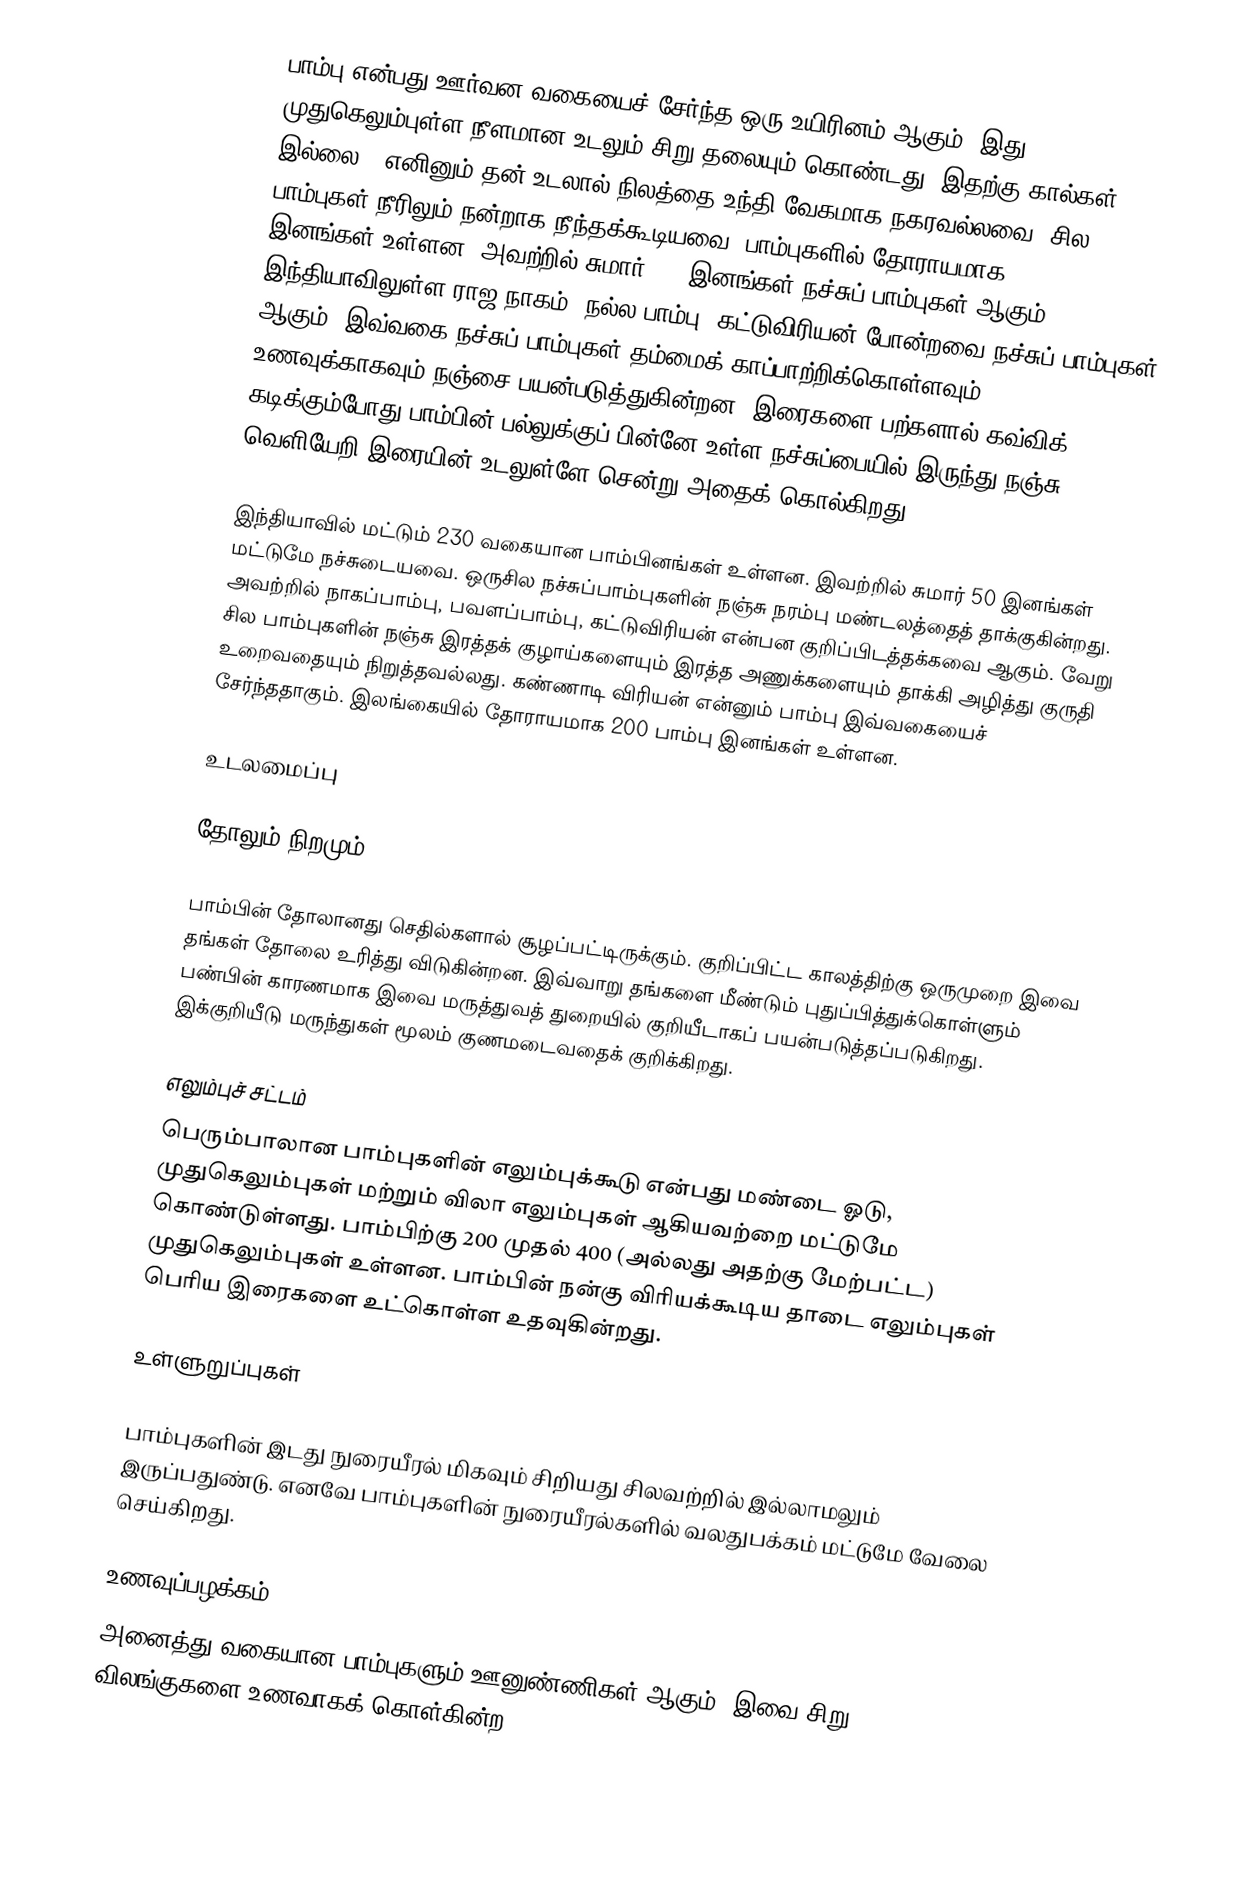
பாம்பு என்பது ஊர்வன வகையைச் சேர்ந்த ஒரு உயிரினம் ஆகும். இது முதுகெலும்புள்ள நீளமான உடலும் சிறு தலையும் கொண்டது. இதற்கு கால்கள் இல்லை ; எனினும் தன் உடலால் நிலத்தை உந்தி வேகமாக நகரவல்லவை. சில பாம்புகள் நீரிலும் நன்றாக நீந்தக்கூடியவை. பாம்புகளில் தோராயமாக 3,600 இனங்கள் உள்ளன. அவற்றில் சுமார் 600 இனங்கள் நச்சுப் பாம்புகள் ஆகும். இந்தியாவிலுள்ள ராஜ நாகம், நல்ல பாம்பு, கட்டுவிரியன் போன்றவை நச்சுப் பாம்புகள் ஆகும். இவ்வகை நச்சுப் பாம்புகள் தம்மைக் காப்பாற்றிக்கொள்ளவும் உணவுக்காகவும் நஞ்சை பயன்படுத்துகின்றன. இரைகளை பற்களால் கவ்விக் கடிக்கும்போது பாம்பின் பல்லுக்குப் பின்னே உள்ள நச்சுப்பையில் இருந்து நஞ்சு வெளியேறி இரையின் உடலுள்ளே சென்று அதைக் கொல்கிறது.

இந்தியாவில் மட்டும் 230 வகையான பாம்பினங்கள் உள்ளன. இவற்றில் சுமார் 50 இனங்கள் மட்டுமே நச்சுடையவை. ஒருசில நச்சுப்பாம்புகளின் நஞ்சு நரம்பு மண்டலத்தைத் தாக்குகின்றது. அவற்றில் நாகப்பாம்பு, பவளப்பாம்பு, கட்டுவிரியன் என்பன குறிப்பிடத்தக்கவை ஆகும். வேறு சில பாம்புகளின் நஞ்சு இரத்தக் குழாய்களையும் இரத்த அணுக்களையும் தாக்கி அழித்து குருதி உறைவதையும் நிறுத்தவல்லது. கண்ணாடி விரியன் என்னும் பாம்பு இவ்வகையைச் சேர்ந்ததாகும். இலங்கையில் தோராயமாக 200 பாம்பு இனங்கள் உள்ளன.

உடலமைப்பு

தோலும் நிறமும்

பாம்பின் தோலானது செதில்களால் சூழப்பட்டிருக்கும். குறிப்பிட்ட காலத்திற்கு ஒருமுறை இவை தங்கள் தோலை உரித்து விடுகின்றன. இவ்வாறு தங்களை மீண்டும் புதுப்பித்துக்கொள்ளும் பண்பின் காரணமாக இவை மருத்துவத் துறையில் குறியீடாகப் பயன்படுத்தப்படுகிறது. இக்குறியீடு மருந்துகள் மூலம் குணமடைவதைக் குறிக்கிறது.

எலும்புச் சட்டம்
பெரும்பாலான பாம்புகளின் எலும்புக்கூடு என்பது மண்டை ஓடு, முதுகெலும்புகள் மற்றும் விலா எலும்புகள் ஆகியவற்றை மட்டுமே கொண்டுள்ளது. பாம்பிற்கு 200 முதல் 400 (அல்லது அதற்கு மேற்பட்ட) முதுகெலும்புகள் உள்ளன. பாம்பின் நன்கு விரியக்கூடிய தாடை எலும்புகள் பெரிய இரைகளை உட்கொள்ள உதவுகின்றது.

உள்ளுறுப்புகள்

பாம்புகளின் இடது நுரையீரல் மிகவும் சிறியது சிலவற்றில் இல்லாமலும் இருப்பதுண்டு. எனவே பாம்புகளின் நுரையீரல்களில் வலதுபக்கம் மட்டுமே வேலை செய்கிறது.

உணவுப்பழக்கம்
அனைத்து வகையான பாம்புகளும் ஊனுண்ணிகள் ஆகும். இவை சிறு விலங்குகளை  உணவாகக் கொள்கின்ற